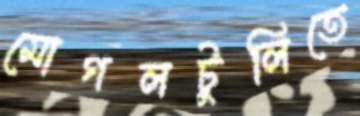
মোগলটুলিতে